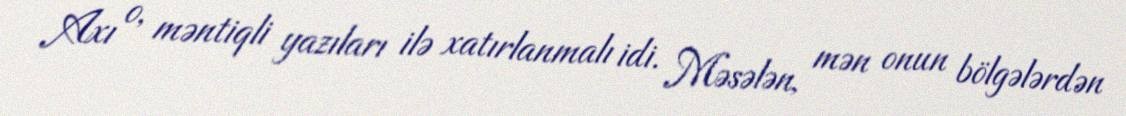
Axı o, məntiqli yazıları ilə xatırlanmalı idi. Məsələn, mən onun bölgələrdən